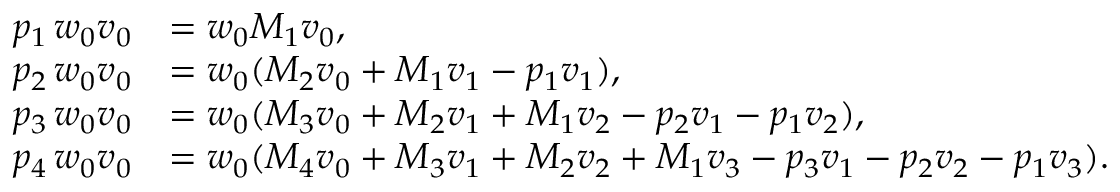
\begin{array} { r l } { p _ { 1 } \, \boldsymbol { w } _ { 0 } \boldsymbol { v } _ { 0 } } & { = \boldsymbol { w } _ { 0 } M _ { 1 } \boldsymbol { v } _ { 0 } , } \\ { p _ { 2 } \, \boldsymbol { w } _ { 0 } \boldsymbol { v } _ { 0 } } & { = \boldsymbol { w } _ { 0 } ( M _ { 2 } \boldsymbol { v } _ { 0 } + M _ { 1 } \boldsymbol { v } _ { 1 } - p _ { 1 } \boldsymbol { v } _ { 1 } ) , } \\ { p _ { 3 } \, \boldsymbol { w } _ { 0 } \boldsymbol { v } _ { 0 } } & { = \boldsymbol { w } _ { 0 } ( M _ { 3 } \boldsymbol { v } _ { 0 } + M _ { 2 } \boldsymbol { v } _ { 1 } + M _ { 1 } \boldsymbol { v } _ { 2 } - p _ { 2 } \boldsymbol { v } _ { 1 } - p _ { 1 } \boldsymbol { v } _ { 2 } ) , } \\ { p _ { 4 } \, \boldsymbol { w } _ { 0 } \boldsymbol { v } _ { 0 } } & { = \boldsymbol { w } _ { 0 } ( M _ { 4 } \boldsymbol { v } _ { 0 } + M _ { 3 } \boldsymbol { v } _ { 1 } + M _ { 2 } \boldsymbol { v } _ { 2 } + M _ { 1 } \boldsymbol { v } _ { 3 } - p _ { 3 } \boldsymbol { v } _ { 1 } - p _ { 2 } \boldsymbol { v } _ { 2 } - p _ { 1 } \boldsymbol { v } _ { 3 } ) . } \end{array}